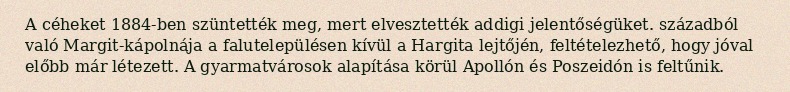
A céheket 1884-ben szüntették meg, mert elvesztették addigi jelentőségüket. századból való Margit-kápolnája a falutelepülésen kívül a Hargita lejtőjén, feltételezhető, hogy jóval előbb már létezett. A gyarmatvárosok alapítása körül Apollón és Poszeidón is feltűnik.